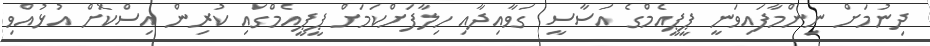
ދިނުމަށް ނިންމާފައިވަނީ ޕީޕީއެމްގެ އަސާސީ ގަވާއިިދާއި ހިލާފަށްކަމަށް ޕީޕީއެމްގައި ކުރިން އިސްކޮށް އުޅުއްވި